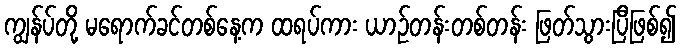
ကျွန်ပ်တို့ မရောက်ခင်တစ်နေ့က ထရပ်ကား ယာဉ်တန်းတစ်တန်း ဖြတ်သွားပြီဖြစ်၍